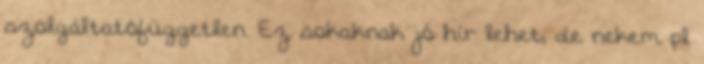
szolgáltatófüggetlen. Ez sokaknak jó hír lehet, de nekem pl